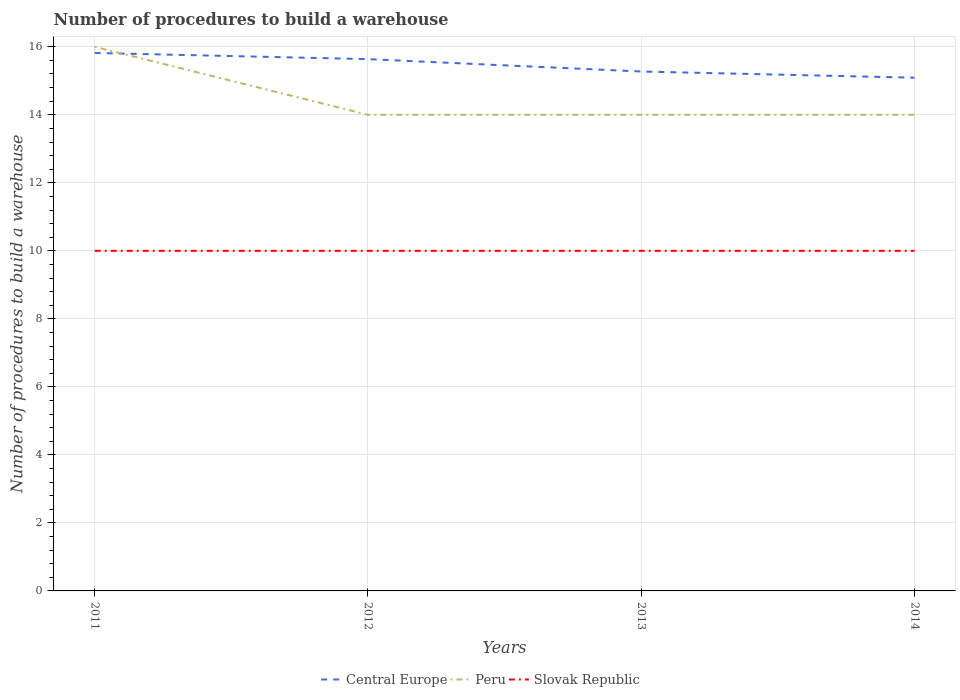
| Years | Central Europe | Peru | Slovak Republic |
 | --- | --- | --- | --- |
 | 2011 | 15.8 | 16 | 10 |
 | 2012 | 15.6 | 14 | 10 |
 | 2013 | 15.3 | 14 | 10 |
 | 2014 | 15.1 | 14 | 10 |